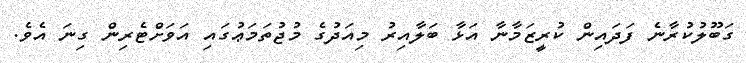
ގަބޫލުކުރާނެ ފަދައިން ކުރީޒަމާނާ އަޅާ ބަލާއިރު މިއަދުގެ މުޖުތަމަޢުގައި އަވަށްޓެރިން ގިނަ އެވެ.